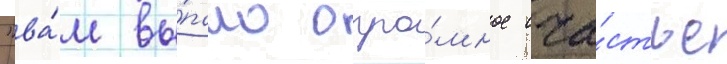
"ва́м вы́пало огро́мное сча́стье